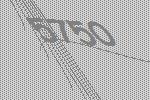
5750